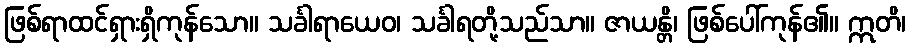
ဖြစ်ရာထင်ရှားရှိကုန်သော။ သင်္ခါရာယေဝ၊ သင်္ခါရတို့သည်သာ။ ဇာယန္တိ၊ ဖြစ်ပေါ်ကုန်၏။ ဣတိ၊